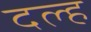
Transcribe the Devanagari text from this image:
दल्ह